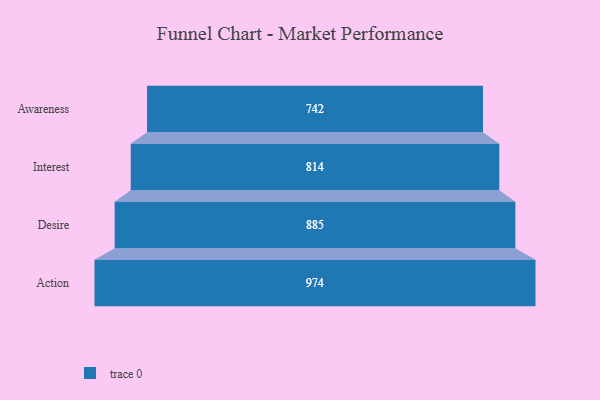
{"axis": {"x": "Stage", "y": "Value"}, "legend": [""], "data": [{"x": "Awareness", "y": 742.0, "type": ""}, {"x": "Interest", "y": 814.0, "type": ""}, {"x": "Desire", "y": 885.0, "type": ""}, {"x": "Action", "y": 974.0, "type": ""}]}